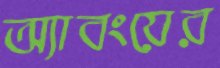
অ্যাবংয়ের